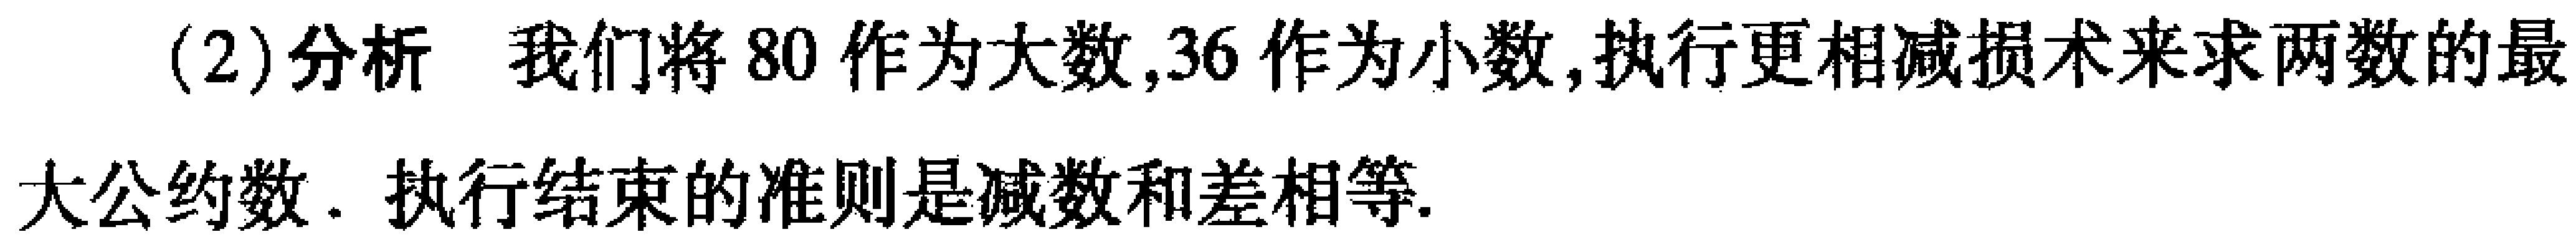
(2)分析 我们将80作为大数,36作为小数,执行更相减损术来求两数的最

大公约数. 执行结束的准则是减数和差相等.